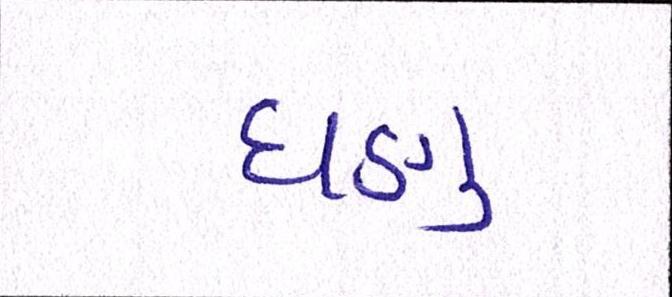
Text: ઘણુ